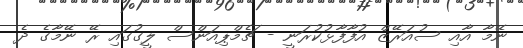
ނޭމާ އާއި ސުއަރޭޒް އުފާފާޅުކުރަނީ - ޗެމްޕިއަންސް ލީގުގައި ރޭ ނޭމާގެ ދެ